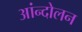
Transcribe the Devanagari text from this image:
आंन्दोलन